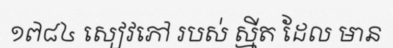
១៧៨៤ សៀវភៅ របស់ ស្មីត ដែល មាន